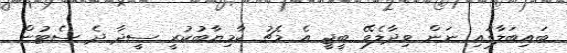
ބައިބަލާގައި ނަން ވިދާލެވޭ ބީޖީ އެ މެޗު ކާމިޔާބުކުރީ ސީދާ ދެ ސެޓުން